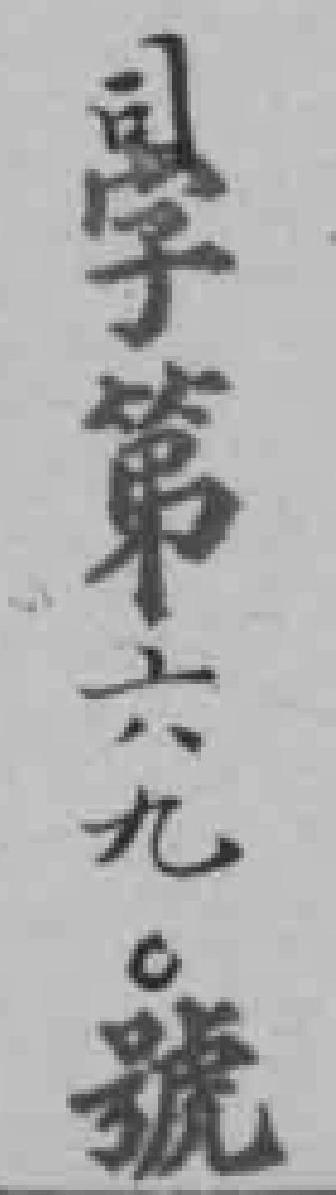
學第六九o號